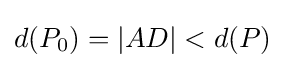
d(P_{0})=|AD|<d(P)